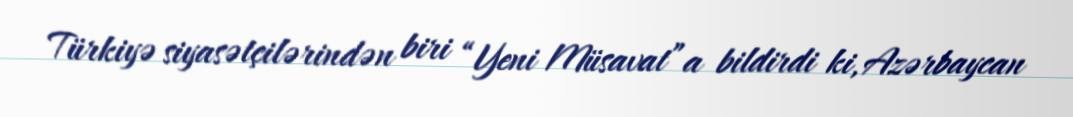
Türkiyə siyasətçilərindən biri “Yeni Müsavat”a bildirdi ki, Azərbaycan